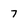
Character: 7